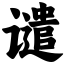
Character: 谴